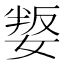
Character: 𡞟